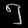
Digit: ၅